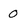
Character: 0